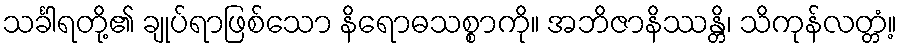
သင်္ခါရတို့၏ ချုပ်ရာဖြစ်သော နိရောဓသစ္စာကို။ အဘိဇာနိဿန္တိ၊ သိကုန်လတ္တံ့။